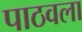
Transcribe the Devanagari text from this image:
पाठवला